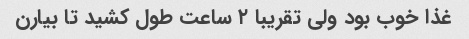
غذا خوب بود ولی تقریبا ۲ ساعت طول کشید تا بیارن